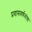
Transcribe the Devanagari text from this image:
प्रवासवर्णनांचा